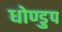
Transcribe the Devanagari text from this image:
धोण्डुप